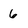
Character: 6